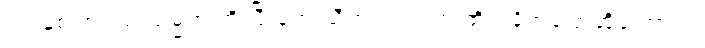
၇၁ နှစ် အရွယ် သမ္မတ ကို ပြီးခဲ့တဲ့ သီတင်းပတ်က တိုက်ခိုက်ပြောဆိုခဲ့ တာပါ။